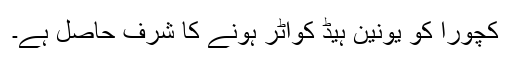
کچورا کو یونین ہیڈ کواٹر ہونے کا شرف حاصل ہے۔